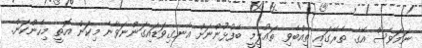
ނަމަވެސް އޭގެ ތެރޭގައި ތިއްބެވި ތައުލީމީ ބޭފުޅުންނަށް އެނގިވަޑައިގަންނަވާނެ މިކަން އޮތީ މިހެންކަން.